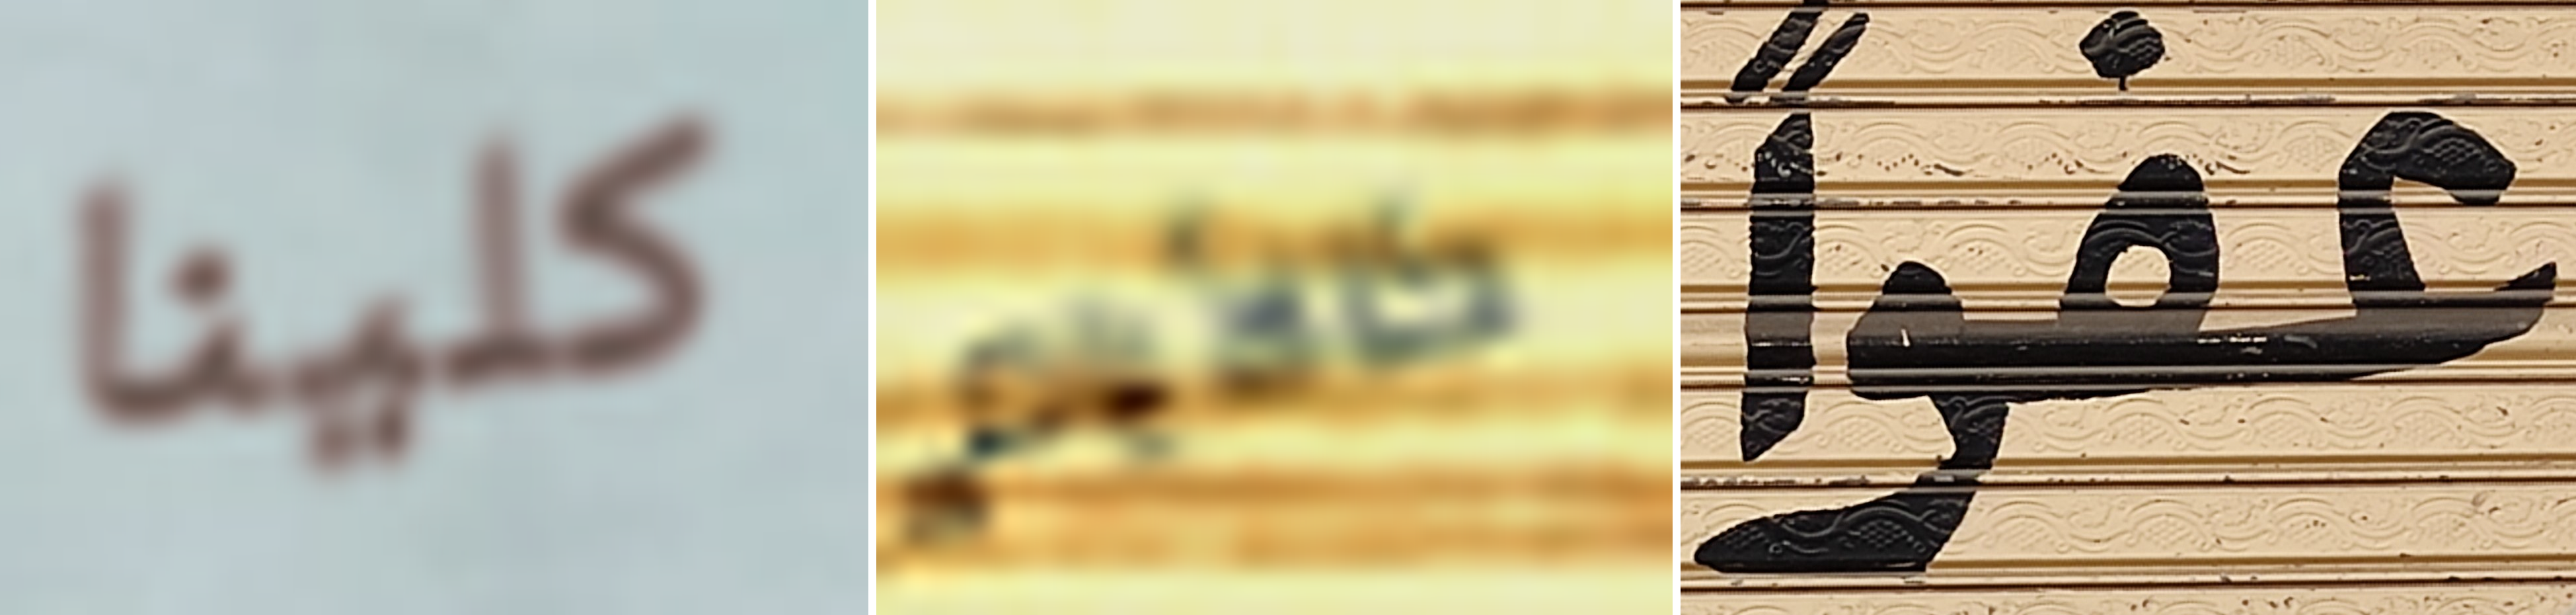
كلينا كالأيام عفوا